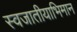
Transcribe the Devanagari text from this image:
स्वजातीयाभिमान